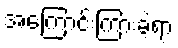
အကြောင်းကြားခဲ့ရာ